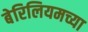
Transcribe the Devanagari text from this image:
बेरिलियमच्या